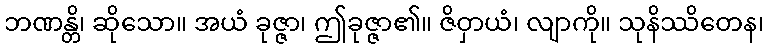
ဘဏန္တိ၊ ဆိုသော။ အယံ ခုဇ္ဇာ၊ ဤခုဇ္ဇာ၏။ ဇိဝှာယံ၊ လျာကို။ သုနိဿိတေန၊